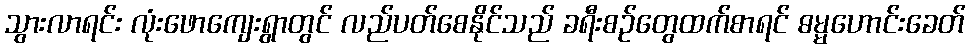
သွားလာရင်း လုံးဖောကျေးရွာတွင် လည်ပတ်စေနိုင်သည် ခရီးစဉ်တွေထက်စာရင် ဓမ္မဟောင်းခေတ်